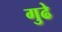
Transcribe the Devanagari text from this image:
गुढे